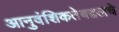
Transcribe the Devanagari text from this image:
आनुवंशिकतेबद्दलचे